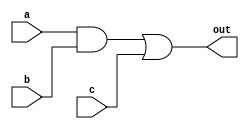
// praccticing delays on gates

module D (out,a,b,c);
    output out;
    input a,b,c;
    wire e;

    and #(5) a1(e,a,b); //delay 5
    or #(4) o1(out,e,c); //delay 4

endmodule

module stimulus;
    reg A, B, C;
    wire Out;

    D d1(Out, A, B, C);
    initial
    begin
        A=1'b0; B=1'b0; C=1'b0;
        #10 A= 1'b1; B= 1'b1; C= 1'b1;
        #10 A= 1'b1; B= 1'b0; C= 1'b0;
        #20 $finish;
    end
endmodule